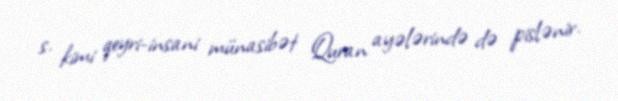
s. kimi qeyri-insani münasibət Quran ayələrində də pislənir.